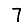
Digit: 7